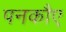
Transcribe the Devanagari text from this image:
पनकौए